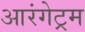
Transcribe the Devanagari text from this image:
आरंगेट्रम